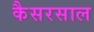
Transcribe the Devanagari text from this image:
कैसरसाल